Civil Veterinary Dept. Assam report 1927-50 - 1927-1950
Year: 1927
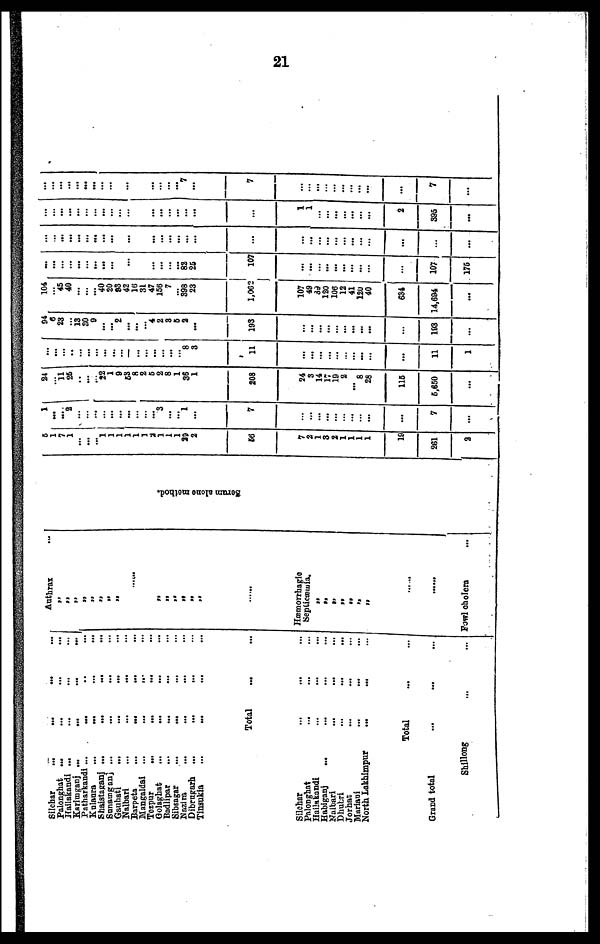
21
Silchar ... ... ... ...
Palonghat ... ... ... ...
Hailakandi ... ... ... ...
Karimganj ...
... ... ...
Patharkandl ... ... ... ...
Kulaura
...
...
...
...
Shaistaganj ...
... ... ...
Sunamganj ...
... ... ...
Gauhati
...
...
... ...
Nalbari ... ... ... ...
Barpeta
...
... ... ...
Nangaldai ...
... ... ...
Tezpur
...
... ... ...
Golaghat ... ... ... ...
Badlipar ... ... ... ...
Sibsagar ... ... ... ...
Nazira ... ... ... ...
Dibrngarh ...
...
... ...
Tinaukia ... ... ... ...
Total ... ...
Silchar ... ... ... ...
Palonghat ... ... ...
Hailakandi ... ... ...
Habiganj
... ... ... ...
Nalbari ... ... ... ...
Dhubri ... ... ...
Jorhat ... ... ... ...
Muriani
...
...
...
North Lakhimpur ... ... ...
Total ... ...
Grand total ... ... ...
Shillong ... ...
Anthrax ...
„
„
„
„
„
„
„
„
„
.......
„
„
„
„
„
„
„
„
.....
Hæmorrhagie
Septicæmia
„
„
„
„
„
„
„
..
.......
Fowl cholern ...
Se r
um alone method.
5
1
7
1
...
... ... 1
1
1
1
1
1
2 1
1
1
29
2
56
7
2
1
3
2
1
1
1
1
19
261
2
1
...
...
2
... ...
... ...
...
...
... ...
...
...
3
...
...
1
...
7
…
…
...
...
…
…
...
…
…
...
7
...
24
...
11
26
...
...
... 22
1
9
53 8
2
6
2
8
1
36
1
208
24
3
14
17
19
2
… 8
28
115
6,650
...
...
...
...
...
...
...
...
...
... ...
...
...
...
...
...
... ... 8
3
11
…
...
…
…
...
…
…
…
…
...
11
1
94
6
23
...
13 30
9
...
...
2
...
...
... 4
2
3
6
2
...
193
…
…
…
…
…
…
…
…
...
…
103
...
104
...
45
40
... ...
... 40
20
93
42
16
31
47
156
7
... 398
23
1,002
107
49
39
120
108
12
41
120
40
634
14,694
...
...
...
... ...
...
...
...
...
... ...
...
...
... ...
... ...
... 82
25
107
…
…
…
...
…
…
...
…
…
…
107
175
...
...
...
...
... ...
...
...
... ...
...
... ...
...
...
...
...
...
...
...
…
…
…
…
…
…
…
…
…
...
…
...
...
...
...
...
...
...
...
...
...
...
... ...
...
...
...
...
...
...
...
...
1
…
...
…
…
…
…
...
2
395
...
...
...
...
...
...
...
... ...
... ...
...
... ...
... ...
...
...
7
...
7
…
…
...
…
…
...
…
...
...
...
7
...